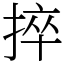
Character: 捽